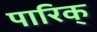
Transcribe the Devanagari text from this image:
पारिक्